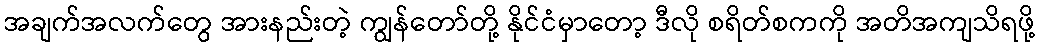
အချက်အလက်တွေ အားနည်းတဲ့ ကျွန်တော်တို့ နိုင်ငံမှာတော့ ဒီလို စရိတ်စကကို အတိအကျသိရဖို့